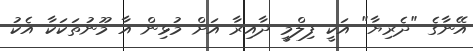
އޭނާގެ "ދެރިޔާ" އަކީ ފިލްމީ ދާއިރާ އަށް މުޅިން އާ މޫނުތަކަކާ އެކު